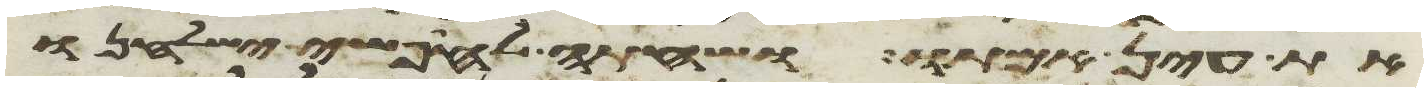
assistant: את עין אמתו ושחתה לחפשי ישלחנו